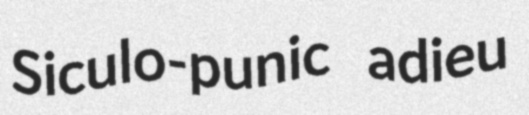
Siculo-punic adieu